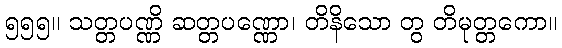
၅၅၅။ သတ္တပဏ္ဏိ ဆတ္တပဏ္ဏော၊ တိနိသော တွ တိမုတ္တကော။